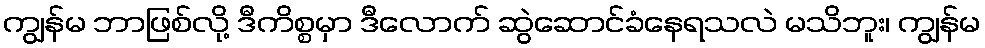
ကျွန်မ ဘာဖြစ်လို့ ဒီကိစ္စမှာ ဒီလောက် ဆွဲဆောင်ခံနေရသလဲ မသိဘူး၊ ကျွန်မ